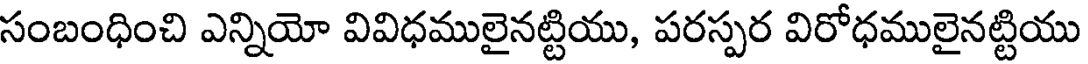
సంబంధించి ఎన్నియో వివిధములైనట్టియు, పరస్పర విరోధములైనట్టియు